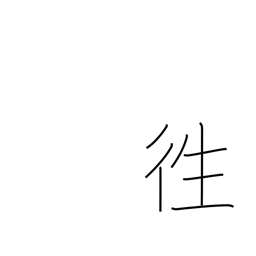
Meaning: chase away